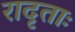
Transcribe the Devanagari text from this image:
रादृताः